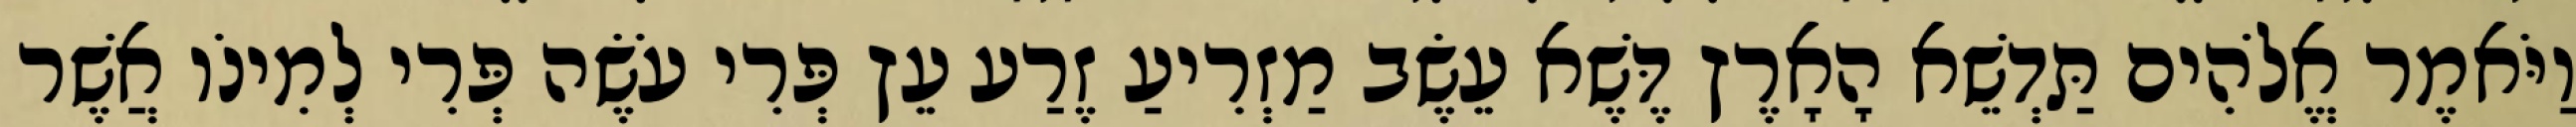
וַיֹּאמֶר אֱלֹהִים תַּדְשֵׁא הָאָרֶץ דֶּשֶׁא עֵשֶׂב מַזְרִיעַ זֶרַע עֵץ פְּרִי עֹשֶׂה פְּרִי לְמִינֹו אֲשֶׁר